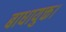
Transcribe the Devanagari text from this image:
बाधायुक्त।